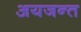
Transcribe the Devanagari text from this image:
अयजन्त